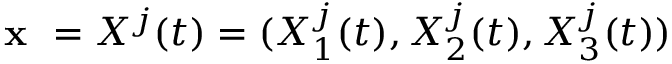
\textbf { x } = X ^ { j } ( t ) = ( X _ { 1 } ^ { j } ( t ) , X _ { 2 } ^ { j } ( t ) , X _ { 3 } ^ { j } ( t ) )